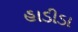
હાડીડા